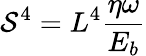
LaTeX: \mathcal{S}^{4}=L^{4}\frac{\eta\omega}{E_{b}}